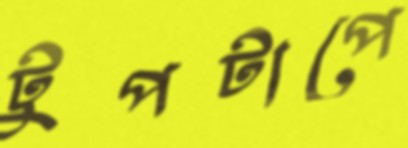
টুপটাপে